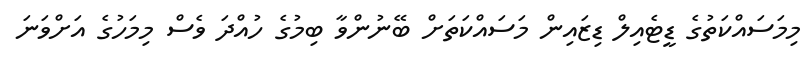
މިމަސައްކަތުގެ ޑީޓެއިލް ޑިޒައިން މަސައްކަތަށް ބޭނުންވާ ބިމުގެ ހުއްދަ ވެސް މިމަހުގެ އަށްވަނަ